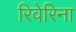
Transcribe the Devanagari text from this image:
रिवेरिना